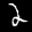
Label: 2